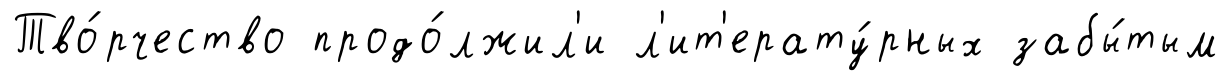
Тво́рчество продо́лжил'и л'ит'ерату́рных забы́тым